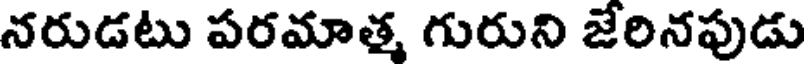
నరుడటు పరమాత్మ గురుని జేరినపుడు